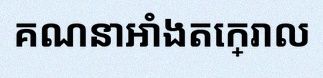
គណនាអាំងតេក្រាល